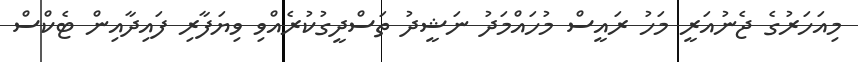
މިއަހަރުގެ ޖެނުއަރީ މަހު ރައީސް މުހައްމަދު ނަޝީދު ތަސްދީގުކުރެއްވި ވިޔަފާރި ފައިދާއިން ޓެކްސް